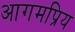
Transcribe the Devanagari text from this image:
आगमप्रिय